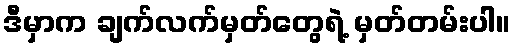
ဒီမှာက ချက်လက်မှတ်တွေရဲ့ မှတ်တမ်းပါ။